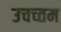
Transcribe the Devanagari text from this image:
उचच्तम